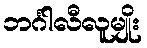
ဘင်္ဂါလီလူမျိုး